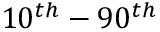
1 0 ^ { t h } - 9 0 ^ { t h }